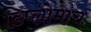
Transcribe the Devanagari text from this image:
डिप्लोमाच